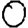
Digit: 0